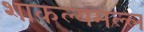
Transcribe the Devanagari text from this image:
शाकल्यमल्ल